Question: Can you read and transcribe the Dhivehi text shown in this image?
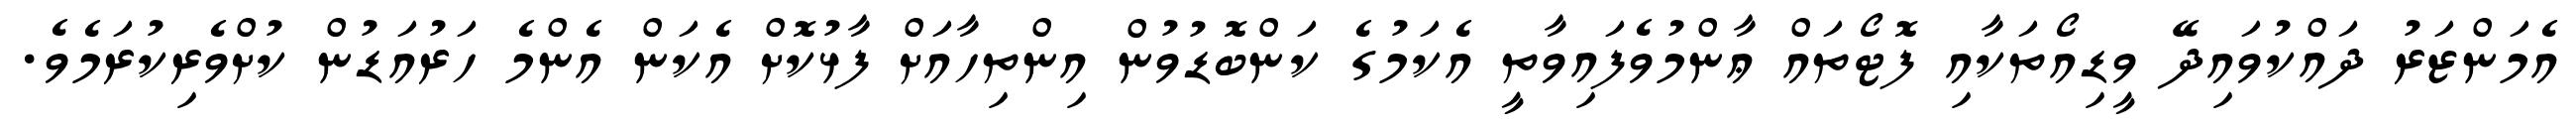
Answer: އެމަންޒަރު ދައްކުވައިދޭ ވީޑިއޯތަކާއި ފޮޓޯތައް ޢާންމުވެފައިވާތީ އެކަމުގެ ކަންބޮޑުވުން އިންތިހާއަށް ފާޅުކޮށް އެކަން އެންމެ ހަރުއަޑުން ކުށްވެރިކުރަމެވެ.